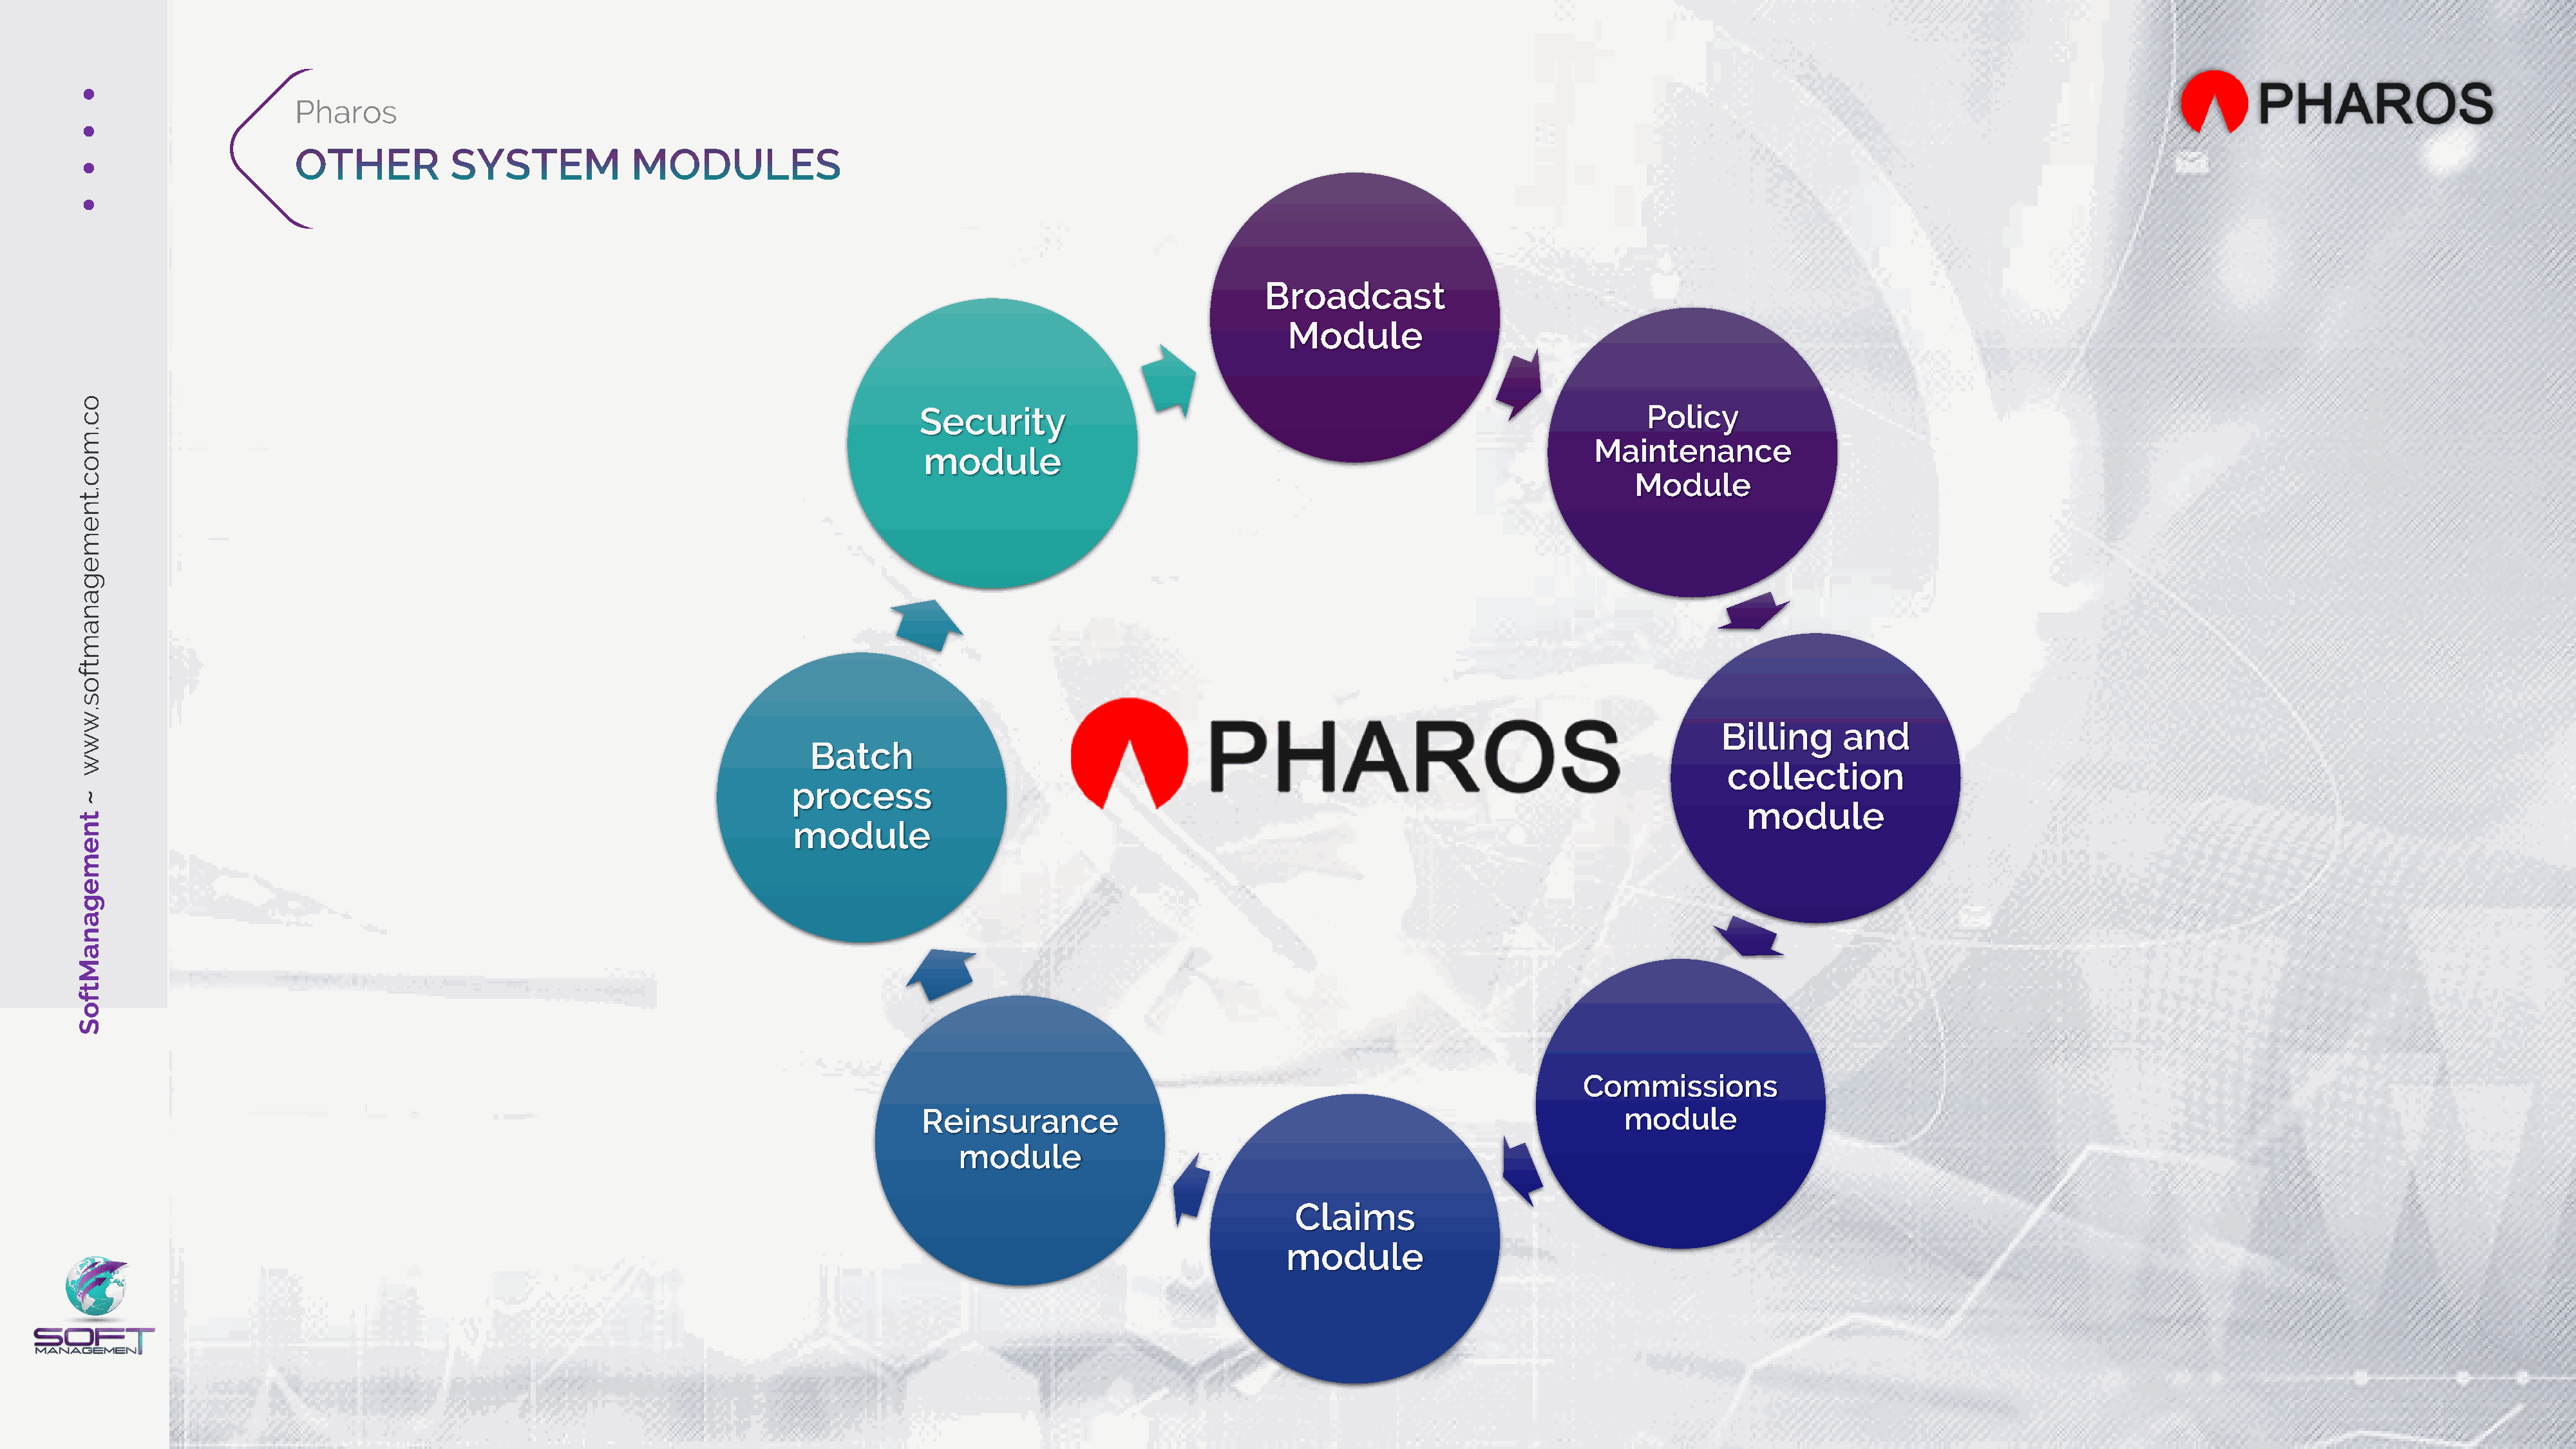
Broadcast
 Module
 o
 Security                                                                   Policy
 c
 .
 m
 Maintenance
 module
 o
 c                                                                                                                                                               Module
 .
 t
 n
 e
 m
 e
 g
 a
 n
 a
 m
 t
 f
 o
 s
 .
 w
 Billing     and
 w
 Batch
 w
 collection
 process
 ~
 module
 t
 n                                                                         module
 e
 m
 e
 g
 a
 n
 a
 M
 t
 f
 o
 S
 Commissions
 Reinsurance                                                             module
 module
 Claims
 module